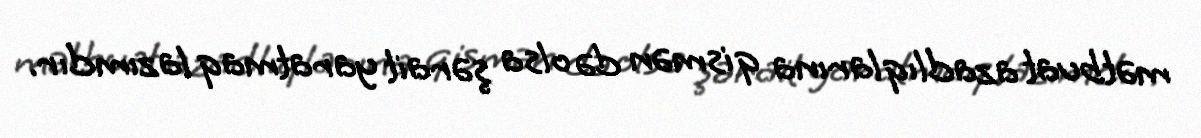
mətbuat azadlıqlarına qismən də olsa şərait yaratmaq lazımdır.